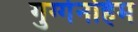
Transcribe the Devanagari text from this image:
गुग्गेनहिम